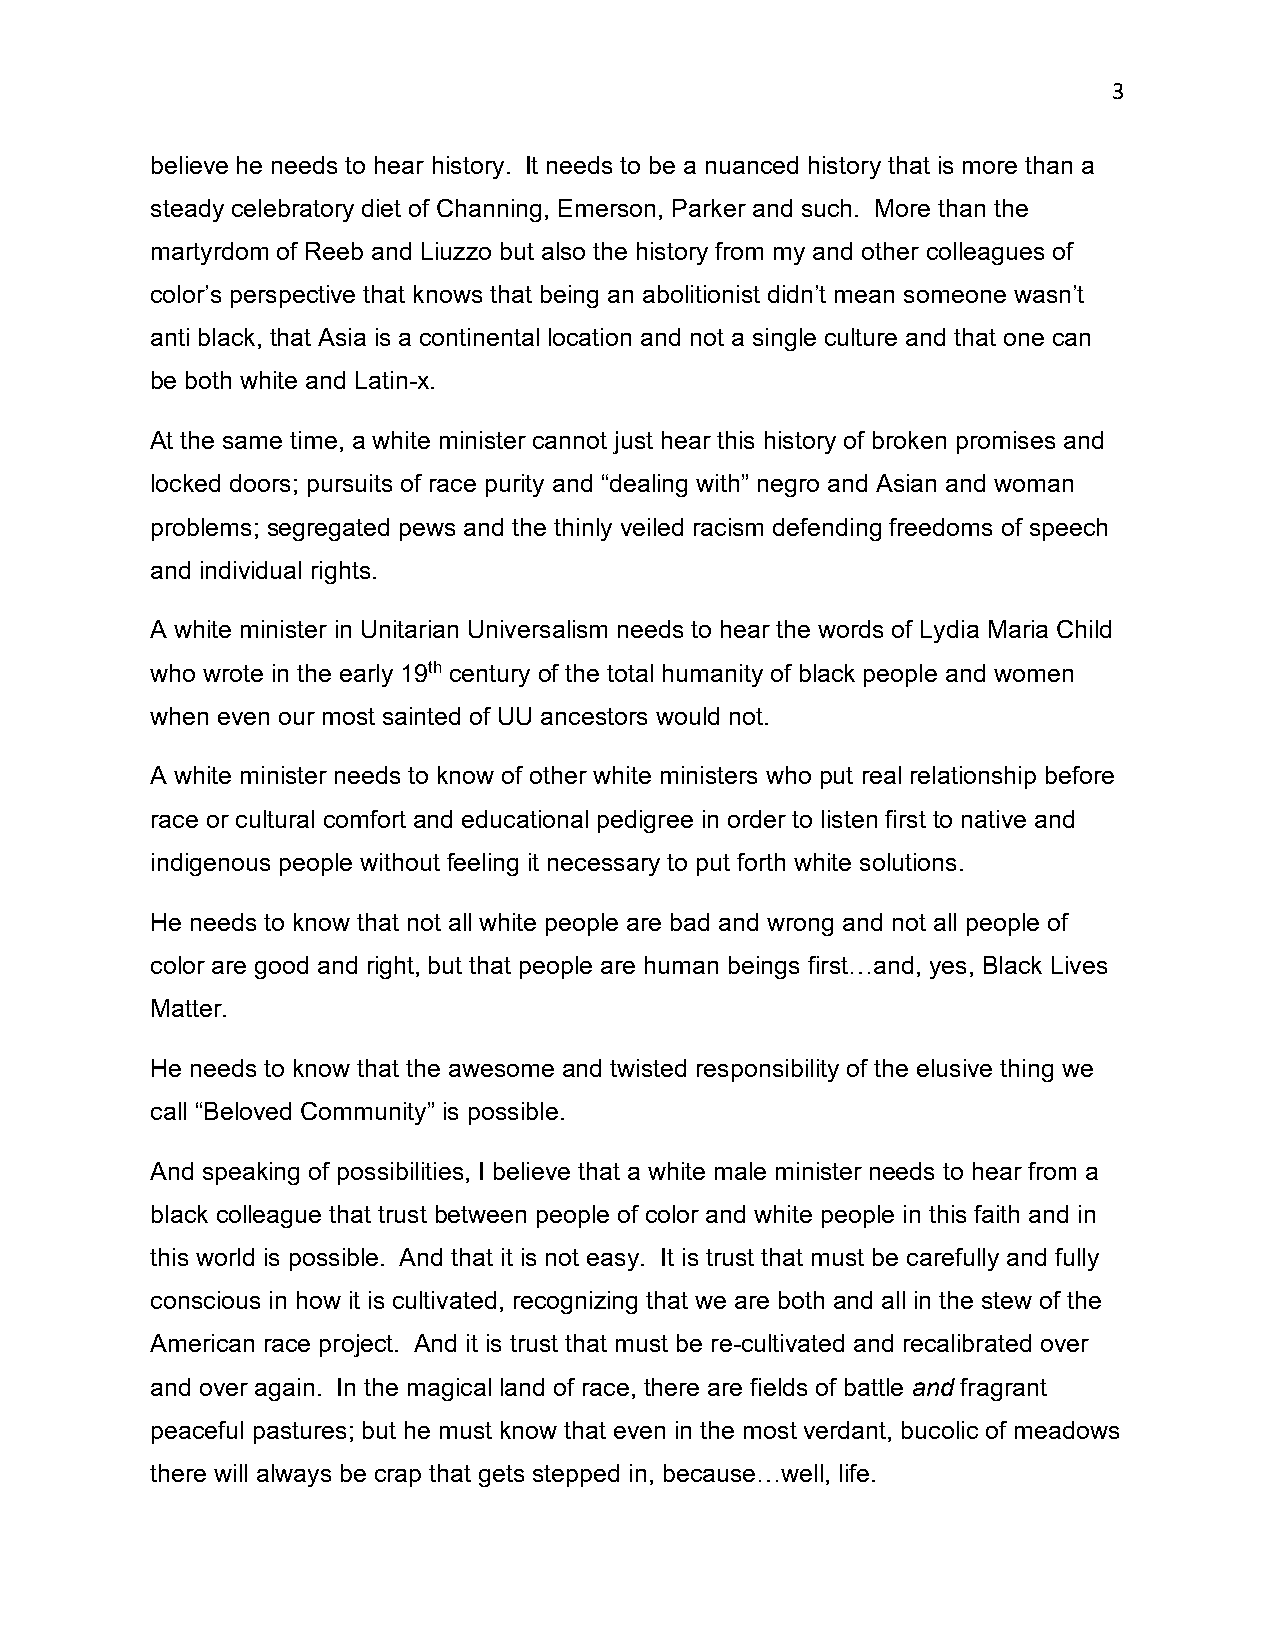
3
 believe he needs to hear history. It needs to be a nuanced history that is more than a
 steady celebratory diet of Channing, Emerson, Parker and such. More than the
 martyrdom of Reeb and Liuzzo but also the history from my and other colleagues of
 color’s perspective that knows that being an abolitionist didn’t mean someone wasn’t
 anti black, that Asia is a continental location and not a single culture and that one can
 be both white and Latin-x.
 At the same time, a white minister cannot just hear this history of broken promises and
 locked doors; pursuits of race purity and “dealing with” negro and Asian and woman
 problems; segregated pews and the thinly veiled racism defending freedoms of speech
 and individual rights.
 A white minister in Unitarian Universalism needs to hear the words of Lydia Maria Child
 who wrote in the early 19th century of the total humanity of black people and women
 when even our most sainted of UU ancestors would not.
 A white minister needs to know of other white ministers who put real relationship before
 race or cultural comfort and educational pedigree in order to listen first to native and
 indigenous people without feeling it necessary to put forth white solutions.
 He needs to know that not all white people are bad and wrong and not all people of
 color are good and right, but that people are human beings first…and, yes, Black Lives
 Matter.
 He needs to know that the awesome and twisted responsibility of the elusive thing we
 call “Beloved Community” is possible.
 And speaking of possibilities, I believe that a white male minister needs to hear from a
 black colleague that trust between people of color and white people in this faith and in
 this world is possible. And that it is not easy. It is trust that must be carefully and fully
 conscious in how it is cultivated, recognizing that we are both and all in the stew of the
 American race project. And it is trust that must be re-cultivated and recalibrated over
 and over again. In the magical land of race, there are fields of battle and fragrant
 peaceful pastures; but he must know that even in the most verdant, bucolic of meadows
 there will always be crap that gets stepped in, because…well, life.